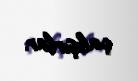
çalışırlar.